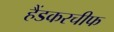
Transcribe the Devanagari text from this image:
हैंडकरचीफ